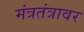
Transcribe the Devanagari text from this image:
मंत्रतंत्रावर